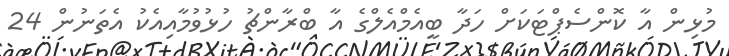
މުޅިން އާ ކޮންސެޕްޓަކަށް ހަދާ ބީއެމްއެލްގެ އާ ބްރާންޗު ހުޅުވުމާއިއެކު އެތަނުން 24